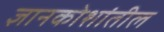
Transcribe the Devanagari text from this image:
ज्ञानकोशांतील